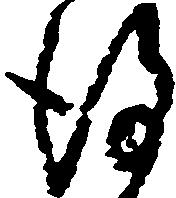
謹